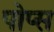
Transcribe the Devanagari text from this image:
पोप्स